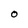
Character: O